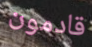
قادمون